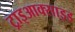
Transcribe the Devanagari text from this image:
ट्राइआक्साइड